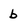
Character: b